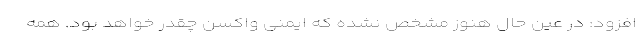
افزود: در عین حال هنوز مشخص نشده که ایمنی واکسن چقدر خواهد بود. همه